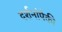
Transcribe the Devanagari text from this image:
दर्शनांपैकी